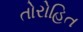
તોરોહિત